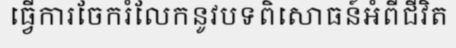
ធ្វើការចែករំលែកនូវបទពិសោធន៍អំពីជីវិត